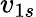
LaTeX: v_{1s}